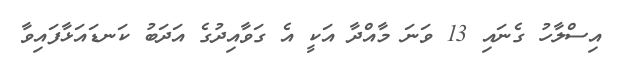
އިސްލާހު ގެނައި 13 ވަނަ މާއްދާ އަކީ އެ ގަވާއިދުގެ އަދަބު ކަނޑައަޅާފައިވާ